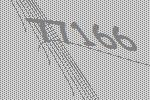
77166